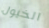
الخيول